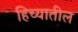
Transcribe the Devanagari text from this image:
हिच्यातील